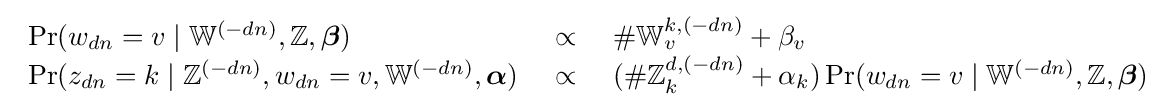
{\begin{array}{lcl}\Pr(w_{dn}=v\mid \mathbb {W} ^{(-dn)},\mathbb {Z} ,{\boldsymbol {\beta }})\ &\propto \ &\#\mathbb {W} _{v}^{k,(-dn)}+\beta _{v}\\\Pr(z_{dn}=k\mid \mathbb {Z} ^{(-dn)},w_{dn}=v,\mathbb {W} ^{(-dn)},{\boldsymbol {\alpha }})\ &\propto \ &(\#\mathbb {Z} _{k}^{d,(-dn)}+\alpha _{k})\Pr(w_{dn}=v\mid \mathbb {W} ^{(-dn)},\mathbb {Z} ,{\boldsymbol {\beta }})\\\end{array}}